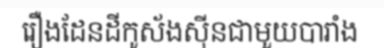
រឿងដែនដីកូស័ងស៊ីនជាមួយបារាំង